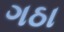
ગઠા